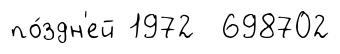
по́здн'ей 1972 698702